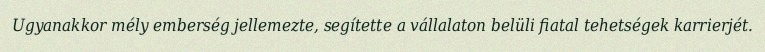
Ugyanakkor mély emberség jellemezte, segítette a vállalaton belüli fiatal tehetségek karrierjét.